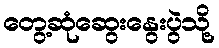
တွေ့ဆုံဆွေးနွေးပွဲသို့